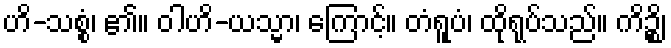
ဟိ-သစ္စံ၊ ၏။ ဝါဟိ-ယသ္မာ၊ ကြောင့်။ တံရူပံ၊ ထိုရုပ်သည်။ ကိဉ္စိ၊